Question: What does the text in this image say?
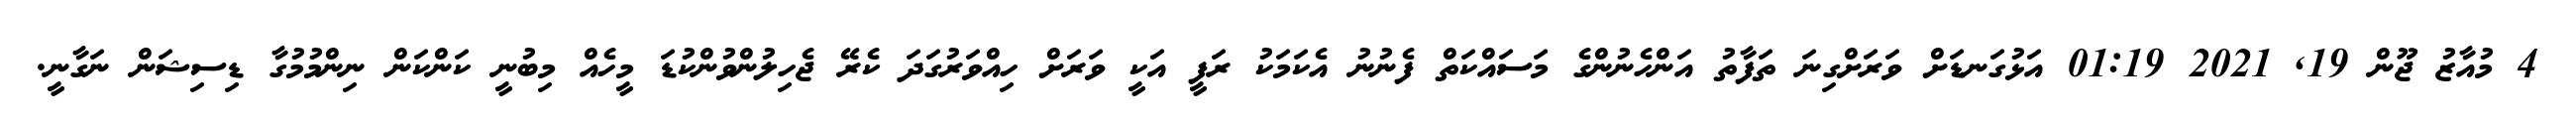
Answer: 4 މުއާޒު ޖޫން 19, 2021 01:19 އަޅުގަނޑަށް ވަރަށްގިނަ ތަފާތު އަންހެނުންގެ މަސައްކަތް ފެނުނު އެކަމަކު ރަފީ އަކީ ވަރަށް ހިއްވަރުގަދަ ކެރޭ ޖެހިލުންވުންކުޑަ މީހެއް މިބުނީ ކަންކަން ނިންމުމުގާ ޑިސިޝަން ނަގާނީ.